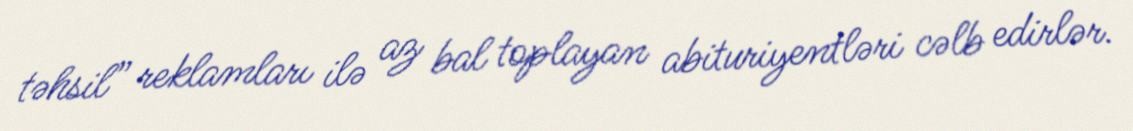
təhsil” reklamları ilə az bal toplayan abituriyentləri cəlb edirlər.